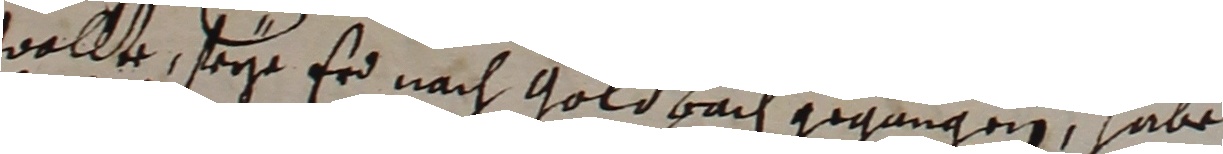
wollte, seye er nach gold bach gegangen, habe